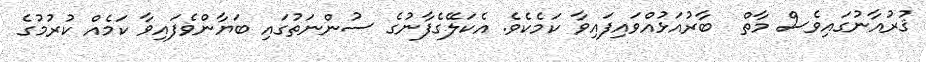
ޤުރުއާނުގައިވެސް މާތް  ބާރުއަޅުއްވައިފައިވާ ކަމެކެވެ. އެކަލޭގެފާނުގެ ސުންނަތުގައި ބަޔާންވެފައިވާ ކަމެއް ކުރުމުގެ